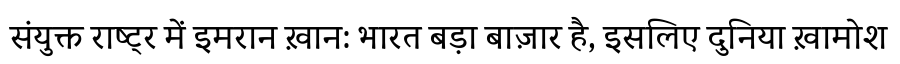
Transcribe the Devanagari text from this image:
संयुक्त राष्ट्र में इमरान ख़ान: भारत बड़ा बाज़ार है, इसलिए दुनिया ख़ामोश